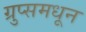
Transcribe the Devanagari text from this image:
ग्रुप्समधून